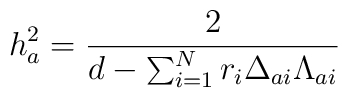
h_a^2={2\over d-\sum_{i=1}^Nr_i\Delta_{ai}\Lambda_{ai}}